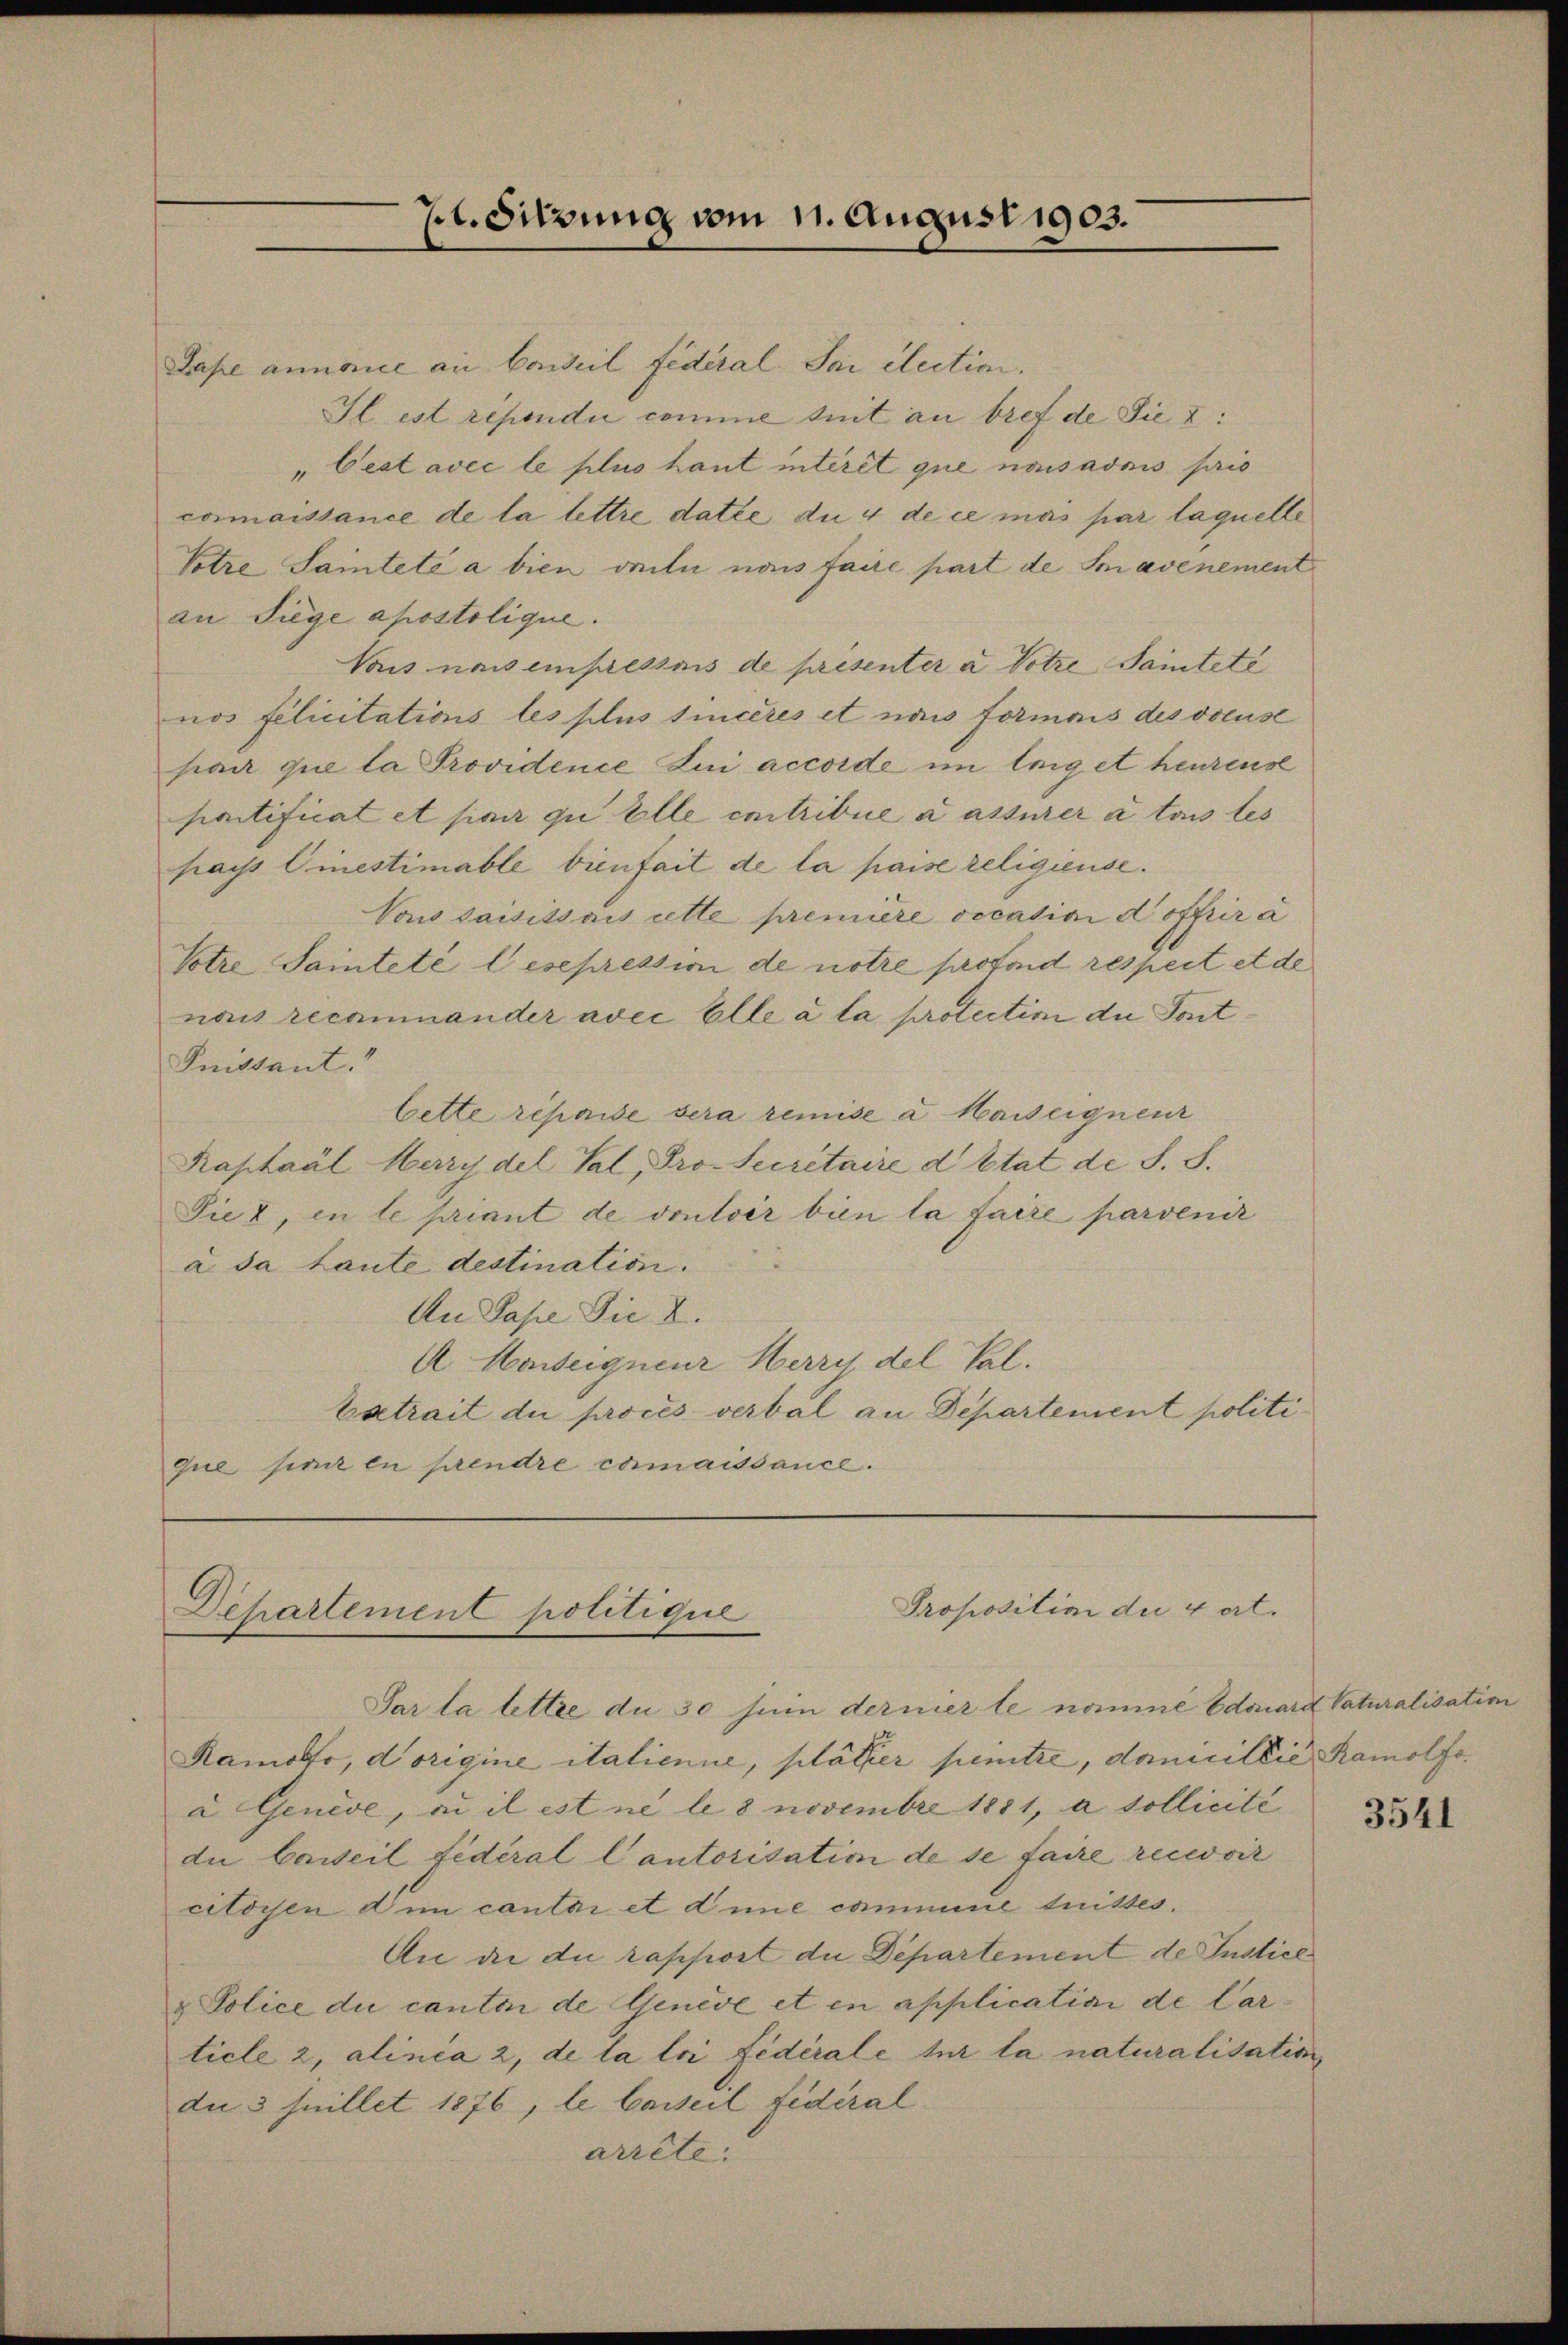
Hl. Sitzung vom 11. August 1903.

Jape annonce an Conseil federal. Sai clection.
Il est rependii comme teit an bref de Sie I
" Cectavec le plus haut interet que naisadmis pris
cormaissance de la lettre datée du 4 de ce mas par laquelle
Votre, Saintete a bien voti nass faire part de Savenement
an Siege apostolique.
Vais nach einfelstais de présenter a Votze Sainteté
nos filicitations les plus sincères et nuis formais des voeuse
pan que la Providence Lui accorde im leiget heurens
portificat et pour qui Elle entribue a assurer à tous les
payss Einestimable bienfait de la paise religieuse.
Vous saisissais cette première vocation d offer a
Votre Sainteté lesepression de notre profond respect et de
naus reconnander avec Elle à la protection die Sont¬
Fnittant.“
bette répaise sera remise a Marseigneur
Kaphaál Merzydel Sal, Pro- Secretaire d Etat de S. S.
Tiez, in le priant de vouloir bien la faire parvenir
a. da taute destination.
An Pape Sie 2.
A Marseigneur Herre del Cal¬
Estrait du procès-verbal an Departement politique simi en pendre camaissance.

Proposition du fort.
Departement politique

Par la lettre du 30 Juin dernierte nomme Edouard Saturalisation
Ramoto, dorigine italienne, plötzer penitre, domicillie Ramolfoa Geneve, ad il est ne le 8 novembre 1851, a sollicité
die Caweil fédéral Cantorisation de se faire recevoir
citoyen dum cantar et d’une commene trittes.
An die du rapport die Departement de Justice
& Police du canton de Genève et en application de Carticle 2, alinea 2, de la loi fédérale sur la naturalisation
du 3 Juillet 1876, le Casseil fédéral
arrete.

3541